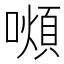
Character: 𫬆